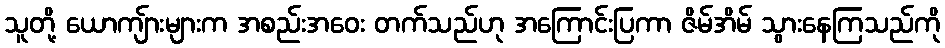
သူတို့ ယောကျ်ားများက အစည်းအဝေး တက်သည်ဟု အကြောင်းပြကာ ဇိမ်အိမ် သွားနေကြသည်ကို